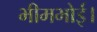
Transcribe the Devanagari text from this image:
भीमभोई।